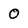
Character: 0